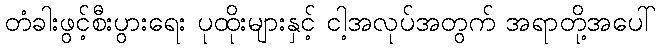
တံခါးဖွင့်စီးပွားရေး ပုထိုးများနှင့် ငါ့အလုပ်အတွက် အရာတို့အပေါ်